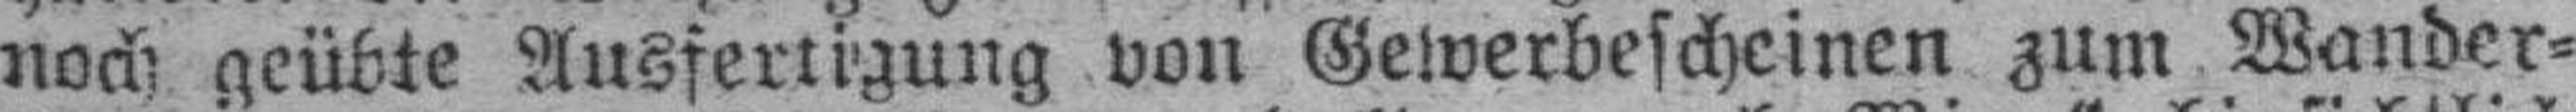
noch geübte Ausfertigung von Gelverbescheinen zum Wander¬